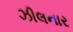
ઝીલનાર